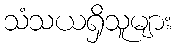
သံသယရှိသူများ